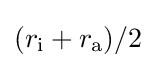
(r_{\text{i}}+r_{\text{a}})/2